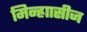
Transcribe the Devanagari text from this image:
मिन्ह्राासीज